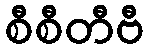
စီစီတီဗီ